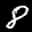
Label: 8